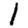
Digit: 1